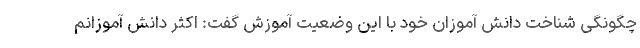
چگونگی شناخت دانش آموزان خود با این وضعیت آموزش گفت: اکثر دانش آموزانم